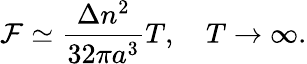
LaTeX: {\cal F}\simeq\frac{\Delta n^{2}}{32\pi a^{3}}T,\quad T\to\infty{.}